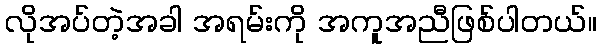
လိုအပ်တဲ့အခါ အရမ်းကို အကူအညီဖြစ်ပါတယ်။